Report of the Indian Hemp Drugs Commission, 1894-1895 - Volume VII
Year: 1894
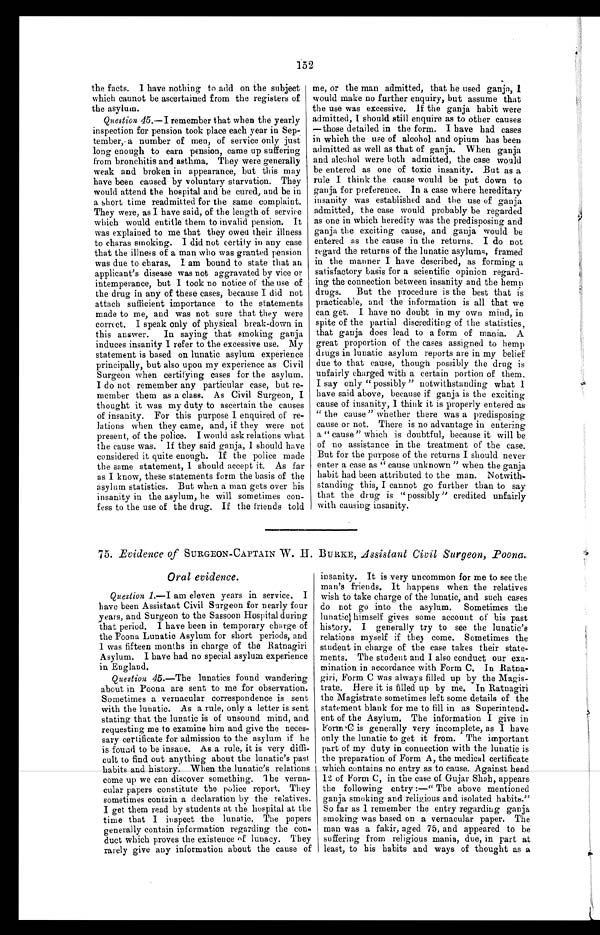
152
the facts. I have nothing to add on the subject
which cannot be ascertained from the registers of
the asylum.
Question 45.—I remember that when the yearly
inspection for pension took place each year in Sep¬
tember, a number of men, of service only just
long enough to earn pension, came up suffering
from bronchitis and asthma. They were generally
weak and broken in appearance, but this may
have been caused by voluntary starvation. They
would attend the hospital and be cured, and be in
a short time readmitted for the same complaint.
They were, as I have said, of the length of service
which would entitle them to invalid pension. It
was explained to me that they owed their illness
to charas smoking. I did not certify in any case
that the illness of a man who was granted pension
was due to charas. I am bound to state that an
applicant's disease was not aggravated by vice or
intemperance, but I took no notice of the use of
the drug in any of these cases, because I did not
attach sufficient importance to the statements
made to me, and was not sure that they were
correct. I speak only of physical break-down in
this answer. In saying that smoking ganja
induces insanity I refer to the excessive use. My
statement is based on lunatic asylum experience
principally, but also upon my experience as Civil
Surgeon when certifying cases for the asylum.
I do not remember any particular case, but re-
member them as a class. As Civil Surgeon, I
thought it was my duty to ascertain the causes
of insanity. For this purpose I enquired of re-
lations when they came, and, if they were not
present, of the police. I would ask relations what
the cause was. If they said ganja, I should have
considered it quite enough. If the police made
the same statement, I should accept it. As far
as I know, these statements form the basis of the
asylum statistics. But when a man gets over his
insanity in the. asylum, he will sometimes con-
fess to the use of the drug. If the friends told
me, or the man admitted, that he used ganja, I
would make no further enquiry, but assume that
the use was excessive. if the ganja habit were
admitted, I should still enquire as to other causes
—those detailed in the form. I have had cases
in which the use of alcohol and opium has been
admitted as well as that of ganja. When ganja
and alcohol were both admitted, the case would
be entered as one of toxic insanity. But as a
rule I think the cause would be put down to
ganja for preference. In a case where hereditary
insanity was established and the use of ganja
admitted, the case would probably be regarded
as one in which heredity was the predisposing and
ganja the exciting cause, and ganja would be
entered as the cause in the returns. I do not
regard the returns of the lunatic asylums, framed
in the manner I have described, as forming a
satisfactory basis for a scientific opinion regard-
ing the connection between insanity and the hemp
drugs. But the procedure is the best that is
practicable, and the information is all that we
can get. I have no doubt in my own mind, in
spite of the partial discrediting of the statistics,
that ganja does lead to a form of mania. A
great proportion of the cases assigned to hemp
drugs in lunatic asylum reports are in my belief
due to that cause, though possibly the drug is
unfairly charged with a certain portion of them.
I say only " possibly " notwithstanding what I
have said above, because if ganja is the exciting
cause of insanity, I think it is properly entered as
" the cause" whether there was a predisposing
cause or not. There is no advantage in entering
a " cause" which is doubtful, because it will be
of no assistance in the treatment of the case.
But for the purpose of the returns I should never
enter a case as " cause unknown " when the ganja
habit had been attributed to the man. Notwith
-standing this, I cannot go further than to say
that the drug is " possibly " credited unfairly
with causing insanity.
75. Evidence of SURGEON-CAPTAIN W. H . BURKE, Assistant Civil Surgeon, Poona .
Oral evidence.
Question 1.—I am eleven years in service. I
have been Assistant Civil Surgeon for nearly four
years, and Surgeon to the Sassoon Hospital during
that period. I have been in temporary charge of
the Poona Lunatic Asylum for short periods, and
1 was fifteen months in charge of the Ratnagiri
Asylum. I have had no special asylum experience
in England.
Question 45 .—The lunatics found wandering
about in Poona are sent to me for observation.
Sometimes a vernacular correspondence is sent
with the lunatic. As a rule, only a letter is sent
stating that the lunatic is of unsound mind, and
requesting me to examine him and give the neces-
sary certificate for admission to the asylum if he
is found to be insane. As a rule, it is very diffi-
cult to find out anything about the lunatic's past
habits an
d h i s t o r y . W h e n t h e l u n a t i c ' s r e l a t i o n scome up we can discover something. The verna-
cular papers constitute the police report. They
sometimes contain a declaration by the relatives.
I get them read by students at the hospital at the
time that I inspect the lunatic. The papers
generally contain information regarding the con-
duct which proves the existence of lunacy. They
rarely give any information about the cause of
insanity. It is very uncommon for me to see the
man's friends. It happens when the relatives
wish to take charge of the lunatic, and such cases
do not go into the asylum. Sometimes the
lunatics himself gives some account of his past
history. I generally try to see the lunatic's
relations myself if they come. Sometimes the
student in charge of the case takes their state-
ments. The student and I also conduct our exa-
mination in accordance with Form C. In .Ratna-
giri, Form C was always filled up by the Magis-
trate. Here it is filled up by me. In Ratnagiri
the Magistrate sometimes left some details of the
statement blank for me to fill in as Superintend-
ent of the Asylum. The information I give in
Form 'C is generally very incomplete, as I have
only the lunatic to get it from. The important
part of my duty in connection with the lunatic is
the preparation of Form A, the medical certificate
w h i c h c o n t a i n s n o e n t r y a s t o c a u s e . A g a i n s t h e a d 1 2 o f F o r m C , i n t h e c a s e o f G u j a r S h a h , a p p e a r s
the following entry :—" The above mentioned
ganja smoking and religious and isolated habits."
So far as I remember the entry regarding ganja
smoking was based on a vernacular paper. The
man was a fakir, aged 75, and appeared to be
suffering from religious mania, due, in part at
least, to his habits and ways of thought as a